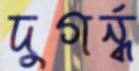
দুগর্ন্ধ